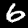
Digit: 6